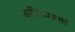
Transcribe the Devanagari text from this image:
अभिनयकर्ता